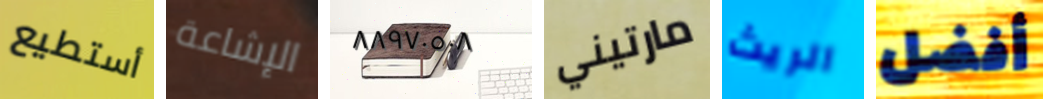
أستطيع الإشاعة ٨٨٩٧٠٥٠٨ مارتيني الريث أفضل